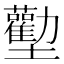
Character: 𱘜